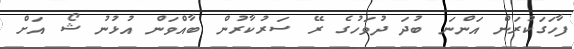
ފާހަގަކުރަން އަންނަ ބުދަ ދުވަހުގެ ރޭ ސަރުކާރުން ބާއްވަން އުޅުނު ޝޯ އަށް